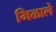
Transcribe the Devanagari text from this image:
मिळालेे